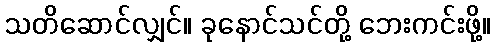
သတိဆောင်လျှင်။ ခုနောင်သင်တို့ ဘေးကင်းဖို့။